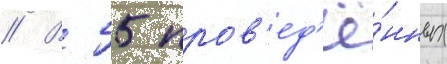
// В 55 пров'ед'ё́нных